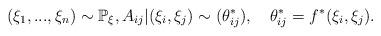
LaTeX: \begin{align*}(\xi_1,...,\xi_n)\sim\mathbb{P}_{\xi},A_{ij}|(\xi_i,\xi_j)\sim (\theta^*_{ij}),\quad\theta^*_{ij}=f^*(\xi_i,\xi_j).\end{align*}